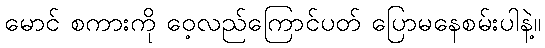
မောင် စကားကို ဝေ့လည်ကြောင်ပတ် ပြောမနေစမ်းပါနဲ့။